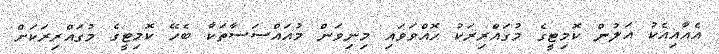
އެއާއިއެކު އަލުން ކޮމިޓީގެ މުގައްރިރަކު ހޮއްވަވައި މިނިވަން މުއައްސަސާތަކާާ ބެހޭ ކޮމިޓީގެ މުގައްރިރަކަށް